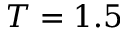
T = 1 . 5